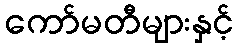
ကော်မတီများနှင့်